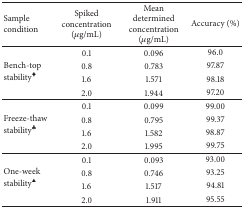
<table><thead><tr><td><b>Sample condition</b></td><td><b>Spiked concentration (<i>μ</i>g/mL)</b></td><td><b>Mean determined concentration (μg/mL)</b></td><td><b>Accuracy (%)</b></td></tr></thead><tbody><tr><td rowspan="4">Bench-top stability<sup>♦</sup></td><td>0.1</td><td>0.096</td><td>96.0</td></tr><tr><td>0.8</td><td>0.783</td><td>97.87</td></tr><tr><td>1.6</td><td>1.571</td><td>98.18</td></tr><tr><td>2.0</td><td>1.944</td><td>97.20</td></tr><tr><td rowspan="4">Freeze-thaw stability<sup><i>♣</i></sup></td><td>0.1</td><td>0.099</td><td>99.00</td></tr><tr><td>0.8</td><td>0.795</td><td>99.37</td></tr><tr><td>1.6</td><td>1.582</td><td>98.87</td></tr><tr><td>2.0</td><td>1.995</td><td>99.75</td></tr><tr><td rowspan="4">One-week stability<sup>▲</sup></td><td>0.1</td><td>0.093</td><td>93.00</td></tr><tr><td>0.8</td><td>0.746</td><td>93.25</td></tr><tr><td>1.6</td><td>1.517</td><td>94.81</td></tr><tr><td>2.0</td><td>1.911</td><td>95.55</td></tr></tbody></table>